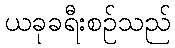
ယခုခရီးစဉ်သည်